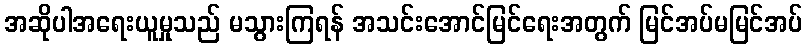
အဆိုပါအရေးယူမှုသည် မသွားကြရန် အသင်းအောင်မြင်ရေးအတွက် မြင်အပ်မမြင်အပ်